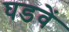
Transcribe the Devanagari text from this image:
घडवें